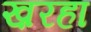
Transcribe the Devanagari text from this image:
ख़रहा